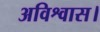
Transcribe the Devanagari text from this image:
अविश्वास।